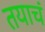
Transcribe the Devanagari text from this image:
तयाचं